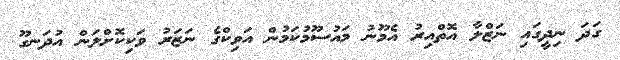
ގަދަ ނިދީގައި ނަޒްލާ އޮތްއިރު އެމޫނު މައުސޫމުކަމުން އަވިކްގެ ނަޒަރު ވަކިކޮށްލަން އުދަނގޫ